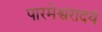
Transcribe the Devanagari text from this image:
पारमेश्वरादयं